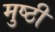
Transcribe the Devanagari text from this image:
मुष्ठी